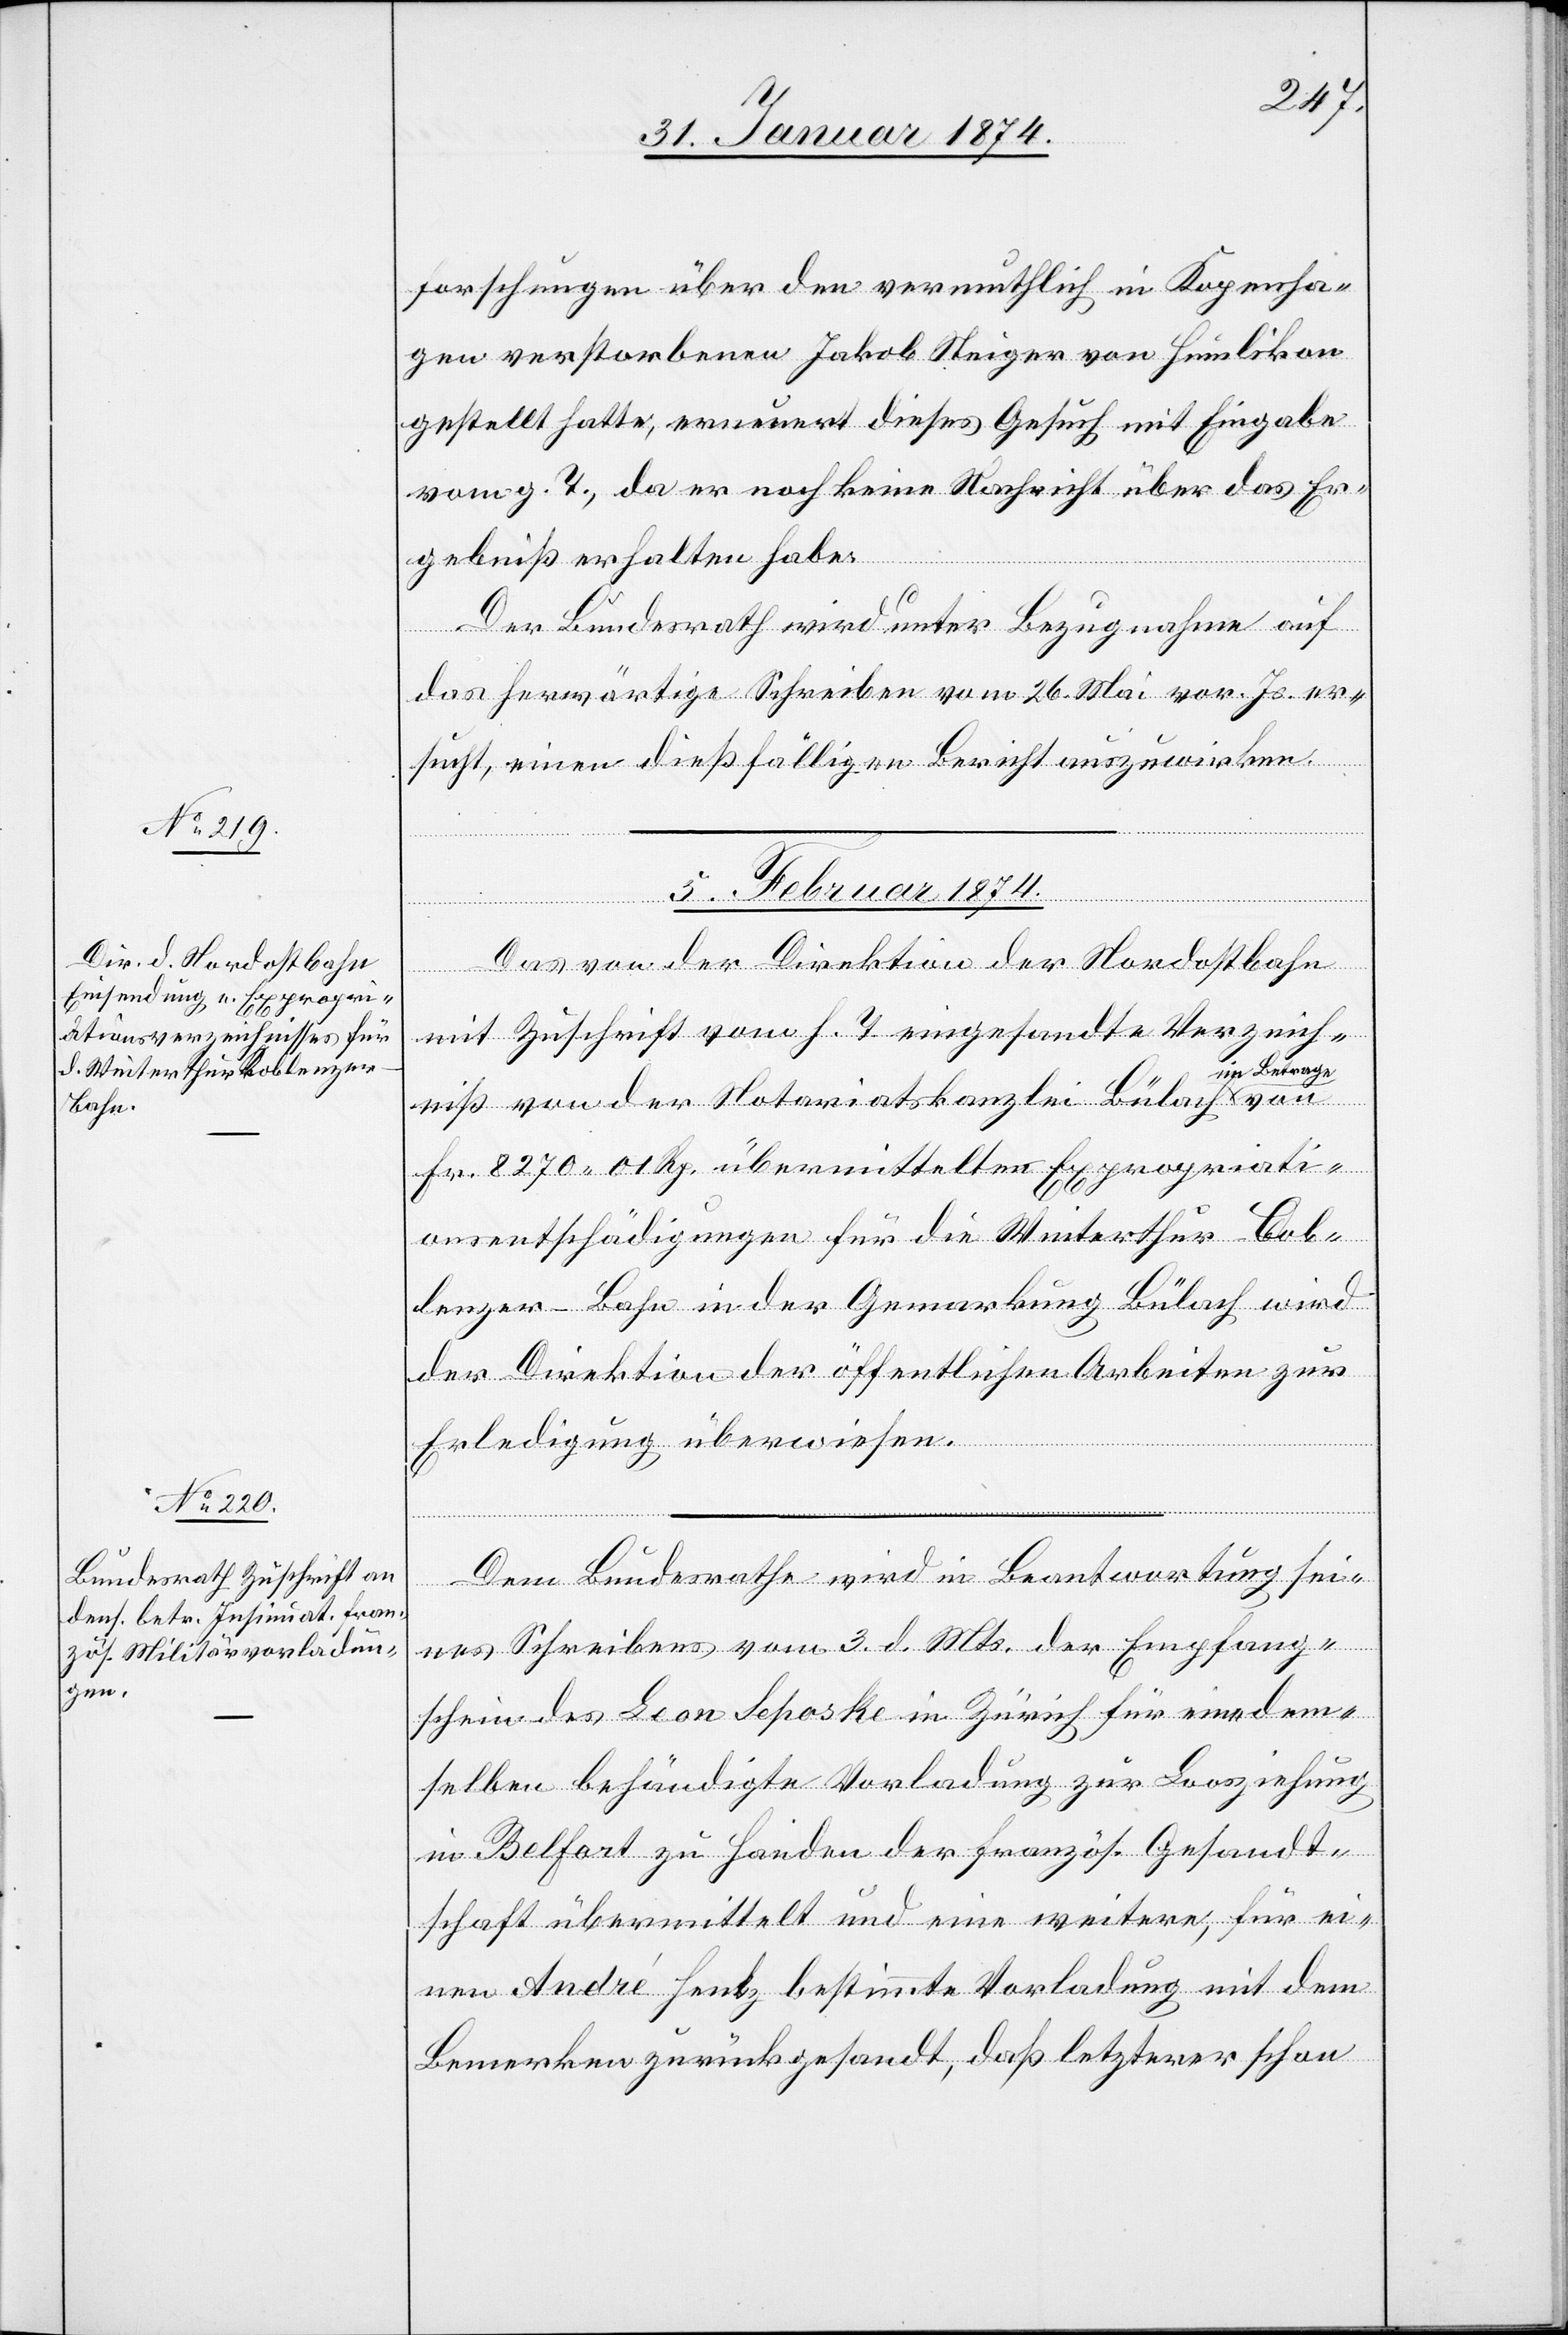
forschungen über den vermuthlich in Kopenha¬
gen verstorbenen Jakob Steiger von Humlikon
gestellt hatte, erneuert dieses Gesuch mit Eingabe
vom g. T., da er noch keine Nachricht über das Er¬
gebniß erhalten habe.
Der Bundesrath wird unter Bezugnahme auf
das herwärtige Schreiben vom 26. Mai vor. Js. er¬
sucht, einen dießfälligen Bericht auszuwirken.
5. Februar 1874.
idial-Ver¬
Das von der Direktion der Nordostbahn
fügungen]
mit Zuschrift vom h. T. eingesandte Verzeich¬
im Betrage
von
niß von der Notariatskanzlei Bülach
Fr. 8270.01 Rp. übermittelter Expropriati¬
onsentschädigungen für die Winterthur-Cob¬
lenzer-Bahn in der Gemarkung Bülach wird
der Direktion der öffentlichen Arbeiten zur
Erledigung überwiesen.
Dem Bundesrathe wird in Beantwortung sei¬
nes Schreibens vom 3. d. Mts. der Empfang¬
schein des Leon Schoske in Zürich für eine dem¬
selben behändigte Vorladung zur Loosziehung
in Belfort zu Handen der französ. Gesandt¬
schaft übermittelt und eine weitere, für ei¬
nen André Fentz bestimmte Vorladung mit dem
Bemerken zurückgesandt, daß letzterer schon